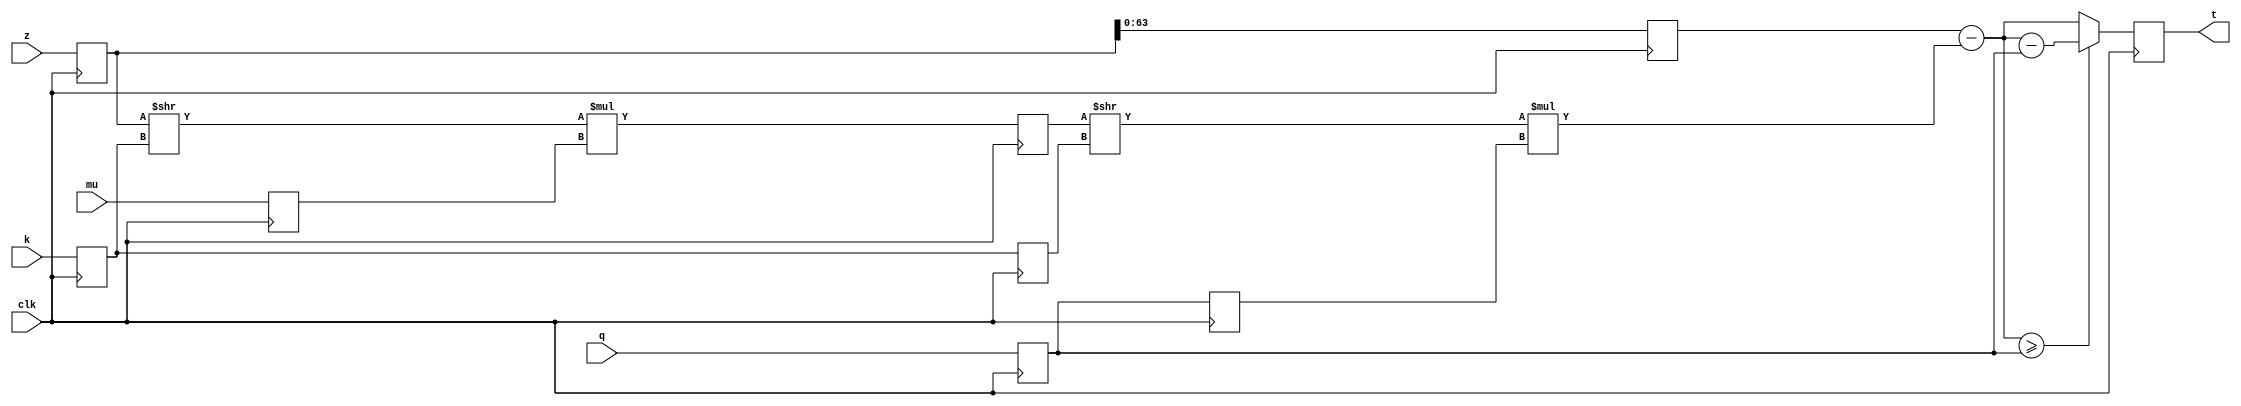
`timescale 1ns/1ps

module Barrett_Reduction(
    input clk,      // Asynchronous clock
    input [127:0] z,
    input [63:0] q,
    input [30:0] mu,
    input [7:0] k,
    output reg [63:0] t
);  
    // input
    reg [127:0] z_in;
    reg [63:0] q_in;
    reg [30:0] mu_in;
    reg [7:0] k_in;  
    
    // pipeline
    reg [127:0] m2_in;
    reg [127:0] z_in_2;
    reg [63:0] q_in_2;
    reg [7:0] k_in_2;

    // input
    always @(posedge clk) begin
         begin
           z_in <= z;
           q_in <= q;
           mu_in <= mu;
           k_in <= k;
        end
    end
    
     wire [127:0] m1 = z_in >> k_in;
     wire [127:0] m2 = m1 * mu_in;
     
     // pipeline
     always @(posedge clk) begin
        m2_in <= m2;
        z_in_2 <= z_in;
        q_in_2 <= q_in;
        k_in_2 <= k_in;
     end
     
     wire [127:0] m3 = m2_in >> k_in_2;
     wire [63:0] t_out = z_in_2 - m3 * q_in_2;    
    
    // output
    always @(posedge clk) 
    begin
            if (t_out >= q_in) 
            begin
            // r = t - q
            t <= t_out - q_in;
            end
            else begin
            t <= t_out;
            end
    end
endmodule